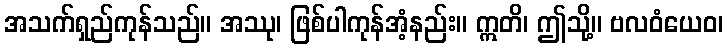
အသက်ရှည်ကုန်သည်။ အဿု၊ ဖြစ်ပါကုန်အံ့နည်း။ ဣတိ၊ ဤသို့။ ဗလဝံယေဝ၊